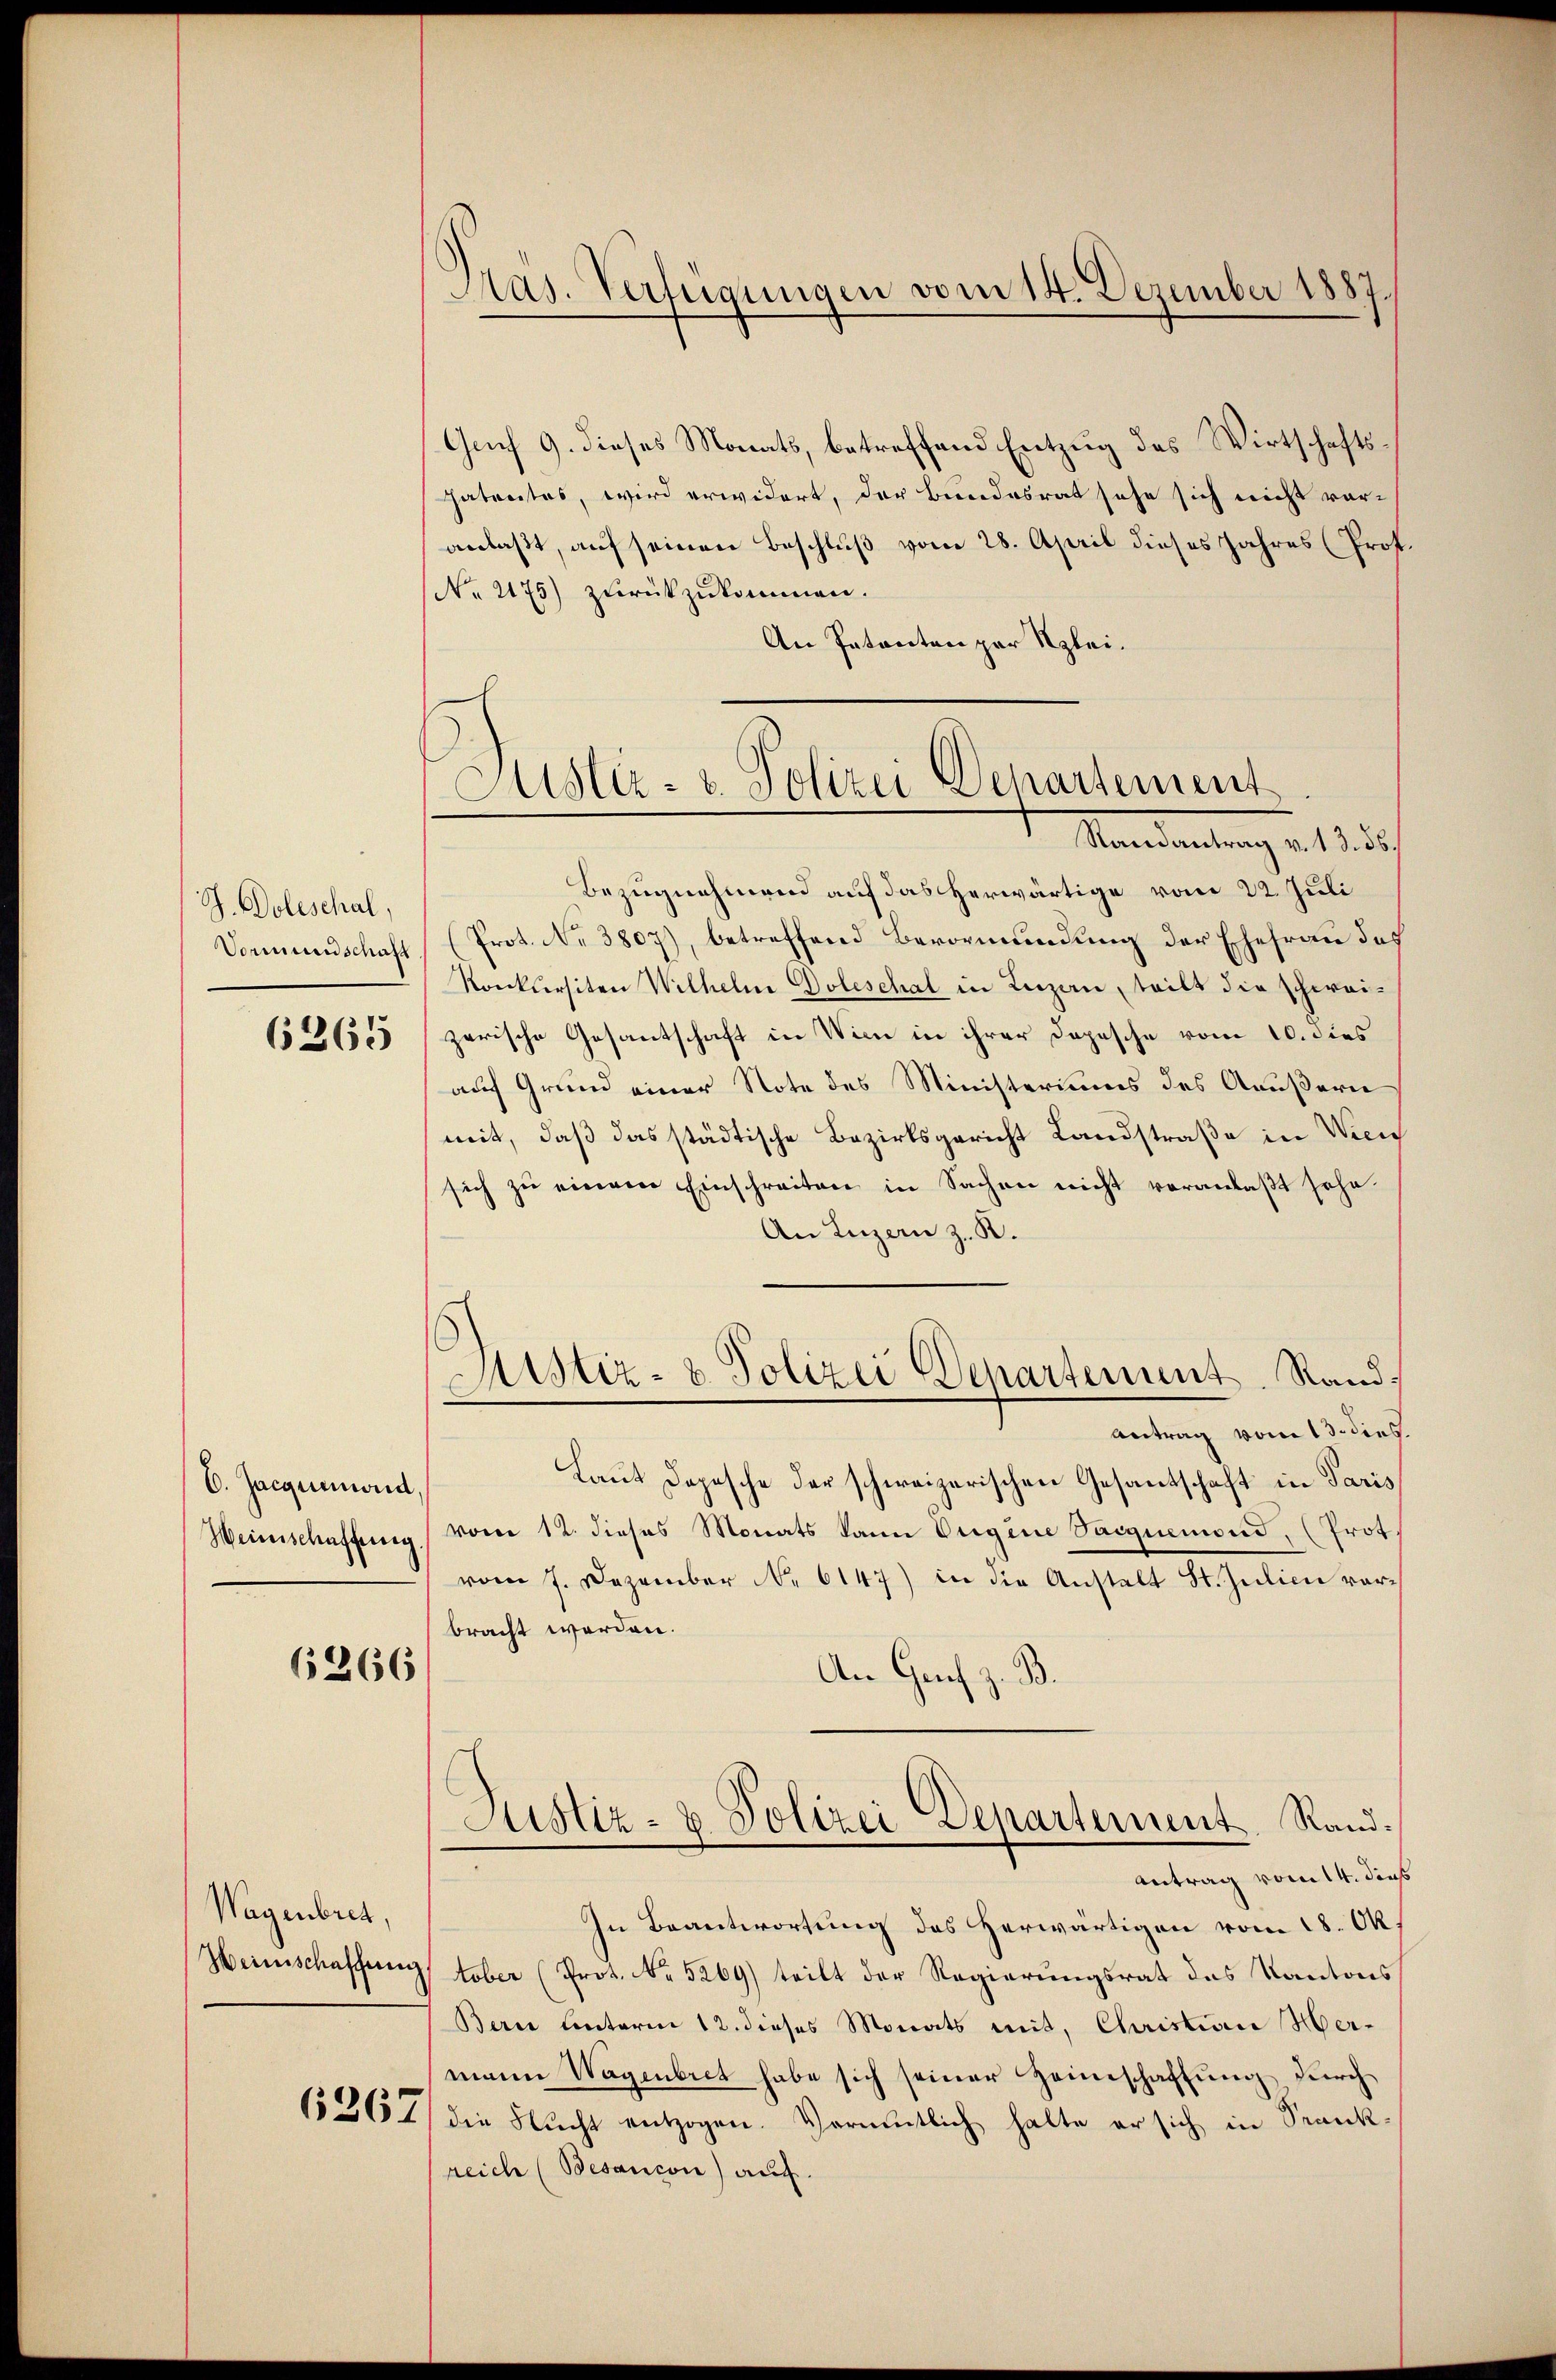
J. Doleschal,
Vormundschaft

6265

C. Jacquenweid
Weinschaffung

6266

Wagenbret,
Weinschaffung

6267

)
Pas. Verfügungen vom 14. Dezember 1887.

Justiz- u. Polizei Departement
Randantrag v. 13. 56.

Grf 9. dieses Monats, betreffend Entzug des Wirtschaftspatrates, wird erwidert, der Bundesrat sehe sich nicht voranlaßt, auf seinen Beschluß vom 28. April dieses Jahres (Prof.
No 2175) zŭrückzŭkommen.
An Patenten per Klei¬
Bezugnehmend auf das herwärtige vom 22. Juli
(Prot. No 3807), betreffend Bevormundung der Ehefrau des
Konkursiten Wilhelm Doleschal in Luzern, teilt die schweizerische Gesantschaft in Wien in ihrer Dopesche vom 10. dies
auf Grund einer Note des Ministeriums des Aeußern
mit, daß das städtische Bezirksgericht Landstraße in Wien
sich zŭ einem Einschreiten in Sachen nicht veranlaßt sehen.
An Luzern z. B.
Nustiz- & Polizei Departement Rand¬
Antrag vom 13. dies.
Laut Depesche der schweizerischen Gesandschaft in Paris
vom 12. dieses Monats kann Origine Saignemond, (Prot.
vom 7. Dezember No 6147) in die Anstalt St. Julien vorbracht werden.
An Genf z. B.
Justiz- & Polizei Departement. Rand¬
Antrag vom 14. dens
In Beantwortung des herwärtigen vom 18. Ok
tober (Prot. Nr. 5269) teilt der Regierungsrat des Kantons
Bern unteren 12. dieses Monats mit, Christian Hermann Wagenbret habe sich seiner Heimschaftung, durch
die Nicht entzogen. Vermutlich halte er sich in Krankreich (Besancon) auf.